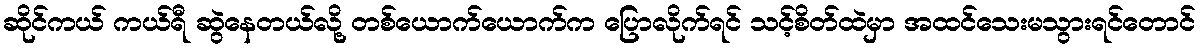
ဆိုင်ကယ် ကယ်ရီ ဆွဲနေတယ်လို့ တစ်ယောက်ယောက်က ပြောလိုက်ရင် သင့်စိတ်ထဲမှာ အထင်သေးမသွားရင်တောင်